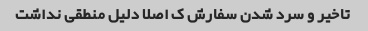
تاخیر و سرد شدن سفارش ک اصلا دلیل منطقی نداشت